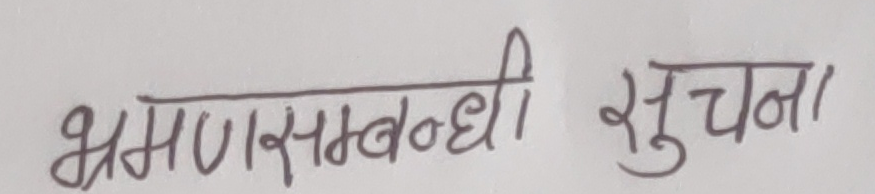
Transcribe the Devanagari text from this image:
भ्रमणसम्बन्धी सूचना